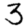
Digit: 3